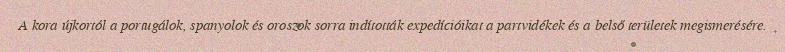
A kora újkortól a portugálok, spanyolok és oroszok sorra indították expedícióikat a partvidékek és a belső területek megismerésére.